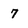
Character: 7